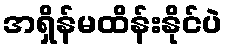
အရှိန်မထိန်းနိုင်ပဲ